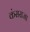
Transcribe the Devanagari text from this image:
कंसराजा